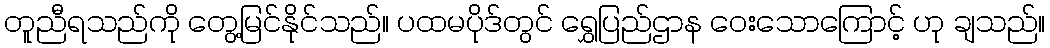
တူညီရသည်ကို တွေ့မြင်နိုင်သည်။ ပထမပိုဒ်တွင် ရွှေပြည်ဌာန ဝေးသောကြောင့် ဟု ချသည်။